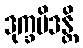
ဒုက္ခမိဒန္တိ